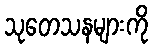
သုတေသနများကို